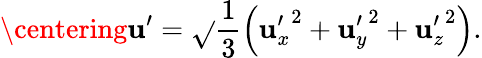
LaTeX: \centering\mathbf{u}^{\prime}=\sqrt{}{{\frac{{1}}{{3}}\left({\mathbf{u}_{x}^{\prime}}^{2}+{\mathbf{u}_{y}^{\prime}}^{2}+{\mathbf{u}_{z}^{\prime}}^{2}\right)}}.